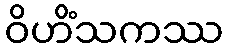
ဝိဟိံသကဿ